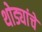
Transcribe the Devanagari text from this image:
थोड्यांचे